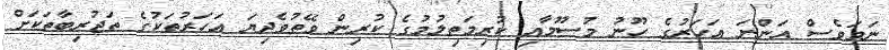
ނަމަވެސް އަންނަ އަހަރުގެ ހޫނު މުސޫމާއި ކުރިމަތިލުމުގެ ކުރިން ވޭތުވެދިޔަ އަހަރުތަކުގެ ތަޖުރިބާތަކަށް